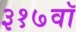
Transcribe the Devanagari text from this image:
३१७वॉ